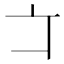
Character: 𠅁